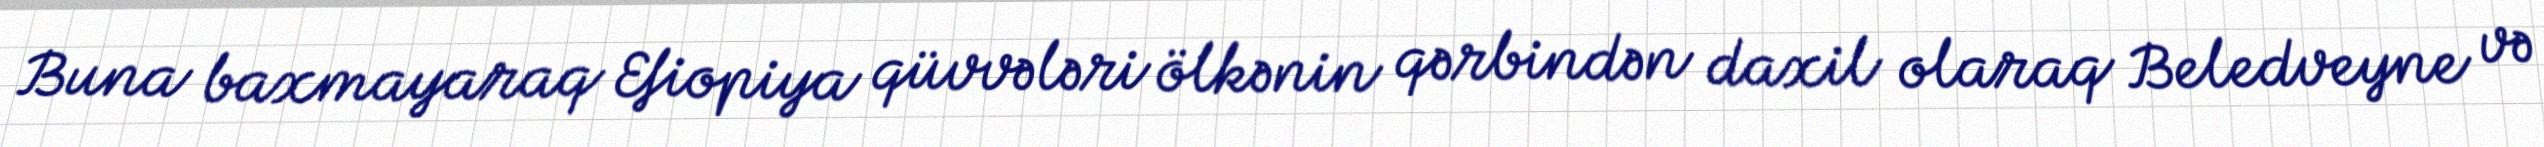
Buna baxmayaraq Efiopiya qüvvələri ölkənin qərbindən daxil olaraq Beledveyne və